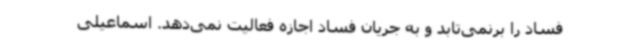
فساد را برنمی‌تابد و به جریان فساد اجازه فعالیت نمی‌دهد. اسماعیلی